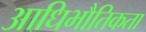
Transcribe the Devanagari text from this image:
आधिभौतिकता